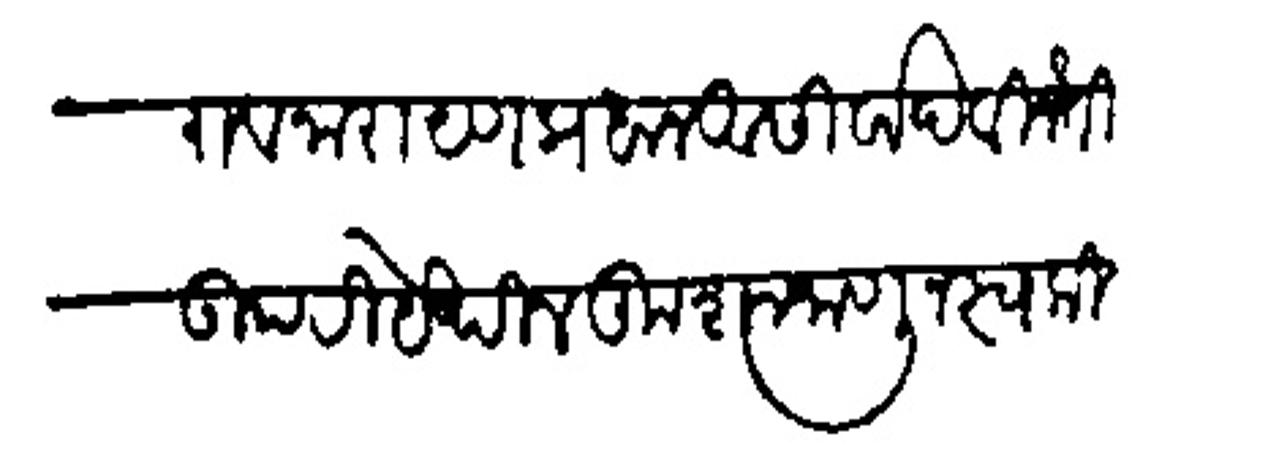
Transliteration (Devanagari): राव नारायण प्रधान आसिर्वाद विनंती उपरि येथील कुशल जाणून स्वकीय